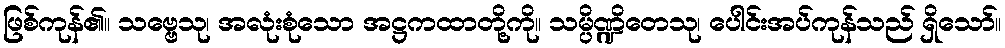
ဖြစ်ကုန်၏။ သဗ္ဗေသု၊ အလုံးစုံသော အဋ္ဌကထာတို့ကို။ သမ္ပိဏ္ဍိတေသု၊ ပေါင်းအပ်ကုန်သည် ရှိသော်။